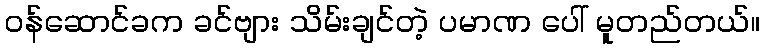
ဝန်ဆောင်ခက ခင်ဗျား သိမ်းချင်တဲ့ ပမာဏ ပေါ် မူတည်တယ်။